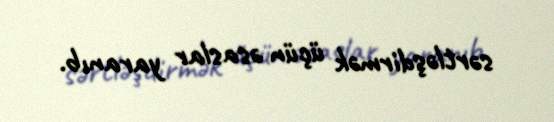
sərtləşdirmək üçün əsaslar yaranıb.